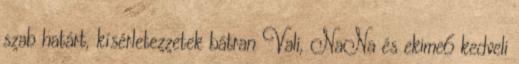
szab határt, kísérletezzetek bátran Vali, NaNa és ekime6 kedveli